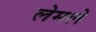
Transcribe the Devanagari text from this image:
लेमले